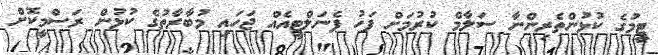
ޓީމުގެ ކުޅުންތެރިންނާ ސަލާމް ކުރުމަށް ފަހު ޕެނަލްޓީއެއް ޖަހައި މުބާރާތުގެ ކުޅުން ރަސްމީކޮށް